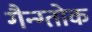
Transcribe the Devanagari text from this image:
गैन्ग्तोक